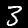
Label: 3